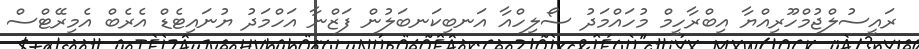
ރައީސުލްޖުމްހޫރިއްޔާ އިބްރާހީމް މުހައްމަދު ސޯލިހްއާ އަނބިކަނބަލުން ފަޒްނާ އަހްމަދު ޔުނައިޓެޑް އެރެބް އެމިރޭޓްސް